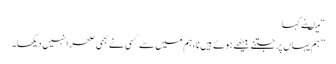
“ میںنے کہا
” ہم یہاں پر جتنے بیٹھے ہوئے ہیں نا ،ہم میں سے کسی نے بھی صحرا نہیں دیکھا۔